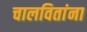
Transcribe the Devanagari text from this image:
चालवितांना